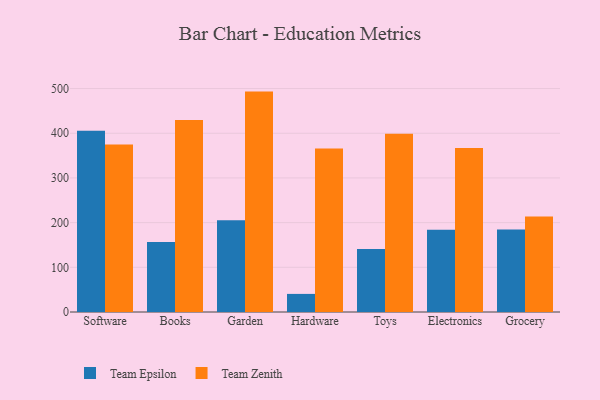
{"axis": {"x": "Category", "y": "Market Share (%)"}, "legend": ["Team Epsilon", "Team Zenith"], "data": [{"x": "Software", "y": 405.4, "type": "Team Epsilon"}, {"x": "Software", "y": 374.6, "type": "Team Zenith"}, {"x": "Books", "y": 156.9, "type": "Team Epsilon"}, {"x": "Books", "y": 429.8, "type": "Team Zenith"}, {"x": "Garden", "y": 205.4, "type": "Team Epsilon"}, {"x": "Garden", "y": 493.2, "type": "Team Zenith"}, {"x": "Hardware", "y": 40.5, "type": "Team Epsilon"}, {"x": "Hardware", "y": 365.9, "type": "Team Zenith"}, {"x": "Toys", "y": 141.2, "type": "Team Epsilon"}, {"x": "Toys", "y": 398.7, "type": "Team Zenith"}, {"x": "Electronics", "y": 184.1, "type": "Team Epsilon"}, {"x": "Electronics", "y": 366.8, "type": "Team Zenith"}, {"x": "Grocery", "y": 184.4, "type": "Team Epsilon"}, {"x": "Grocery", "y": 213.6, "type": "Team Zenith"}]}